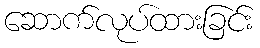
ဆောက်လုပ်ထားခြင်း